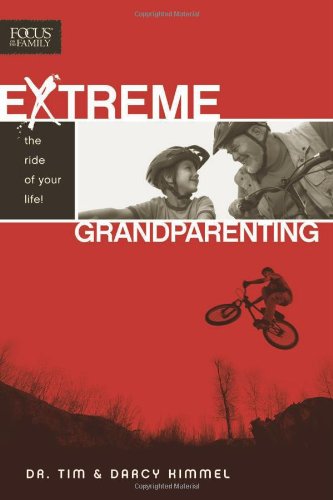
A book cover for Extreme Grandparenting; Tim Kimmel; Parenting & Relationships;